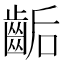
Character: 𪘇